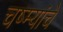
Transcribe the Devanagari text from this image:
चष्म्यांचे